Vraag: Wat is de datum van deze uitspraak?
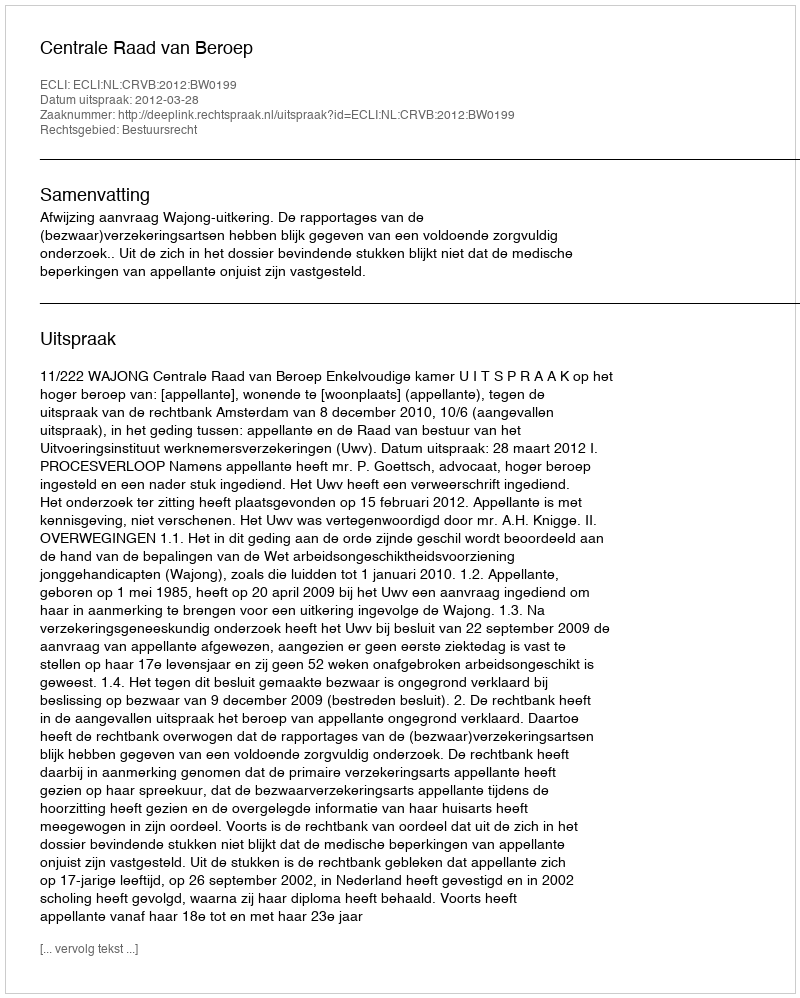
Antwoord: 2012-03-28